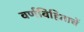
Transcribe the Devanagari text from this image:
वर्णविहिताचें